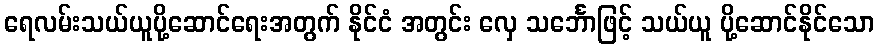
ရေလမ်းသယ်ယူပို့ဆောင်ရေးအတွက် နိုင်ငံ အတွင်း လှေ သင်္ဘောဖြင့် သယ်ယူ ပို့ဆောင်နိုင်သော